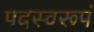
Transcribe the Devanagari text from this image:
पदस्वरूपं